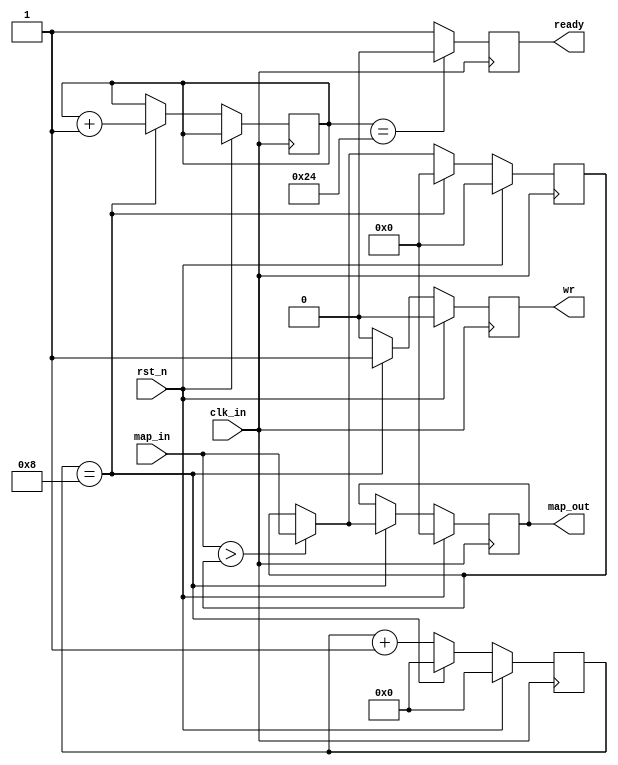
`timescale 1ns / 1ps
//////////////////////////////////////////////////////////////////////////////////
// Company: 
// Engineer: 
// 
// Design Name: 
// Module Name:    m_max_relu_4 
// Project Name: 
// Target Devices: 
// Tool versions: 
// Description: 
//
// Dependencies: 
//
// Revision: 
// Revision 0.01 - File Created
// Additional Comments: 
//
//////////////////////////////////////////////////////////////////////////////////
module m_max_relu_4(
	clk_in,
	rst_n,
	map_in,
	map_out,
	wr,
	ready
    );

parameter max_stride = 4'd8;	//-1
parameter num_out = 6'd36;	//map

input clk_in;
input rst_n;
input signed [15:0] map_in;
output reg signed [15:0] map_out = 0;
output reg wr = 0;	//ram
output reg ready = 1;	//

reg signed [15:0] tmp_max = 0;
reg [3:0] cnt_stride = 0;

reg [5:0] out_cnt = 0;

always @ (posedge clk_in)
begin
	if (rst_n)
	begin
		tmp_max <= 0;	//relu
		cnt_stride <= 0;
		map_out <= 0;
		wr <= 0;
		out_cnt <= out_cnt;
	end
	else
	begin
		if (cnt_stride == max_stride)
		begin
			tmp_max <= 0;
			cnt_stride <= 0;
			if (map_in > tmp_max)
				map_out <= map_in;
			else
				map_out <= tmp_max;
			wr <= 1;
			out_cnt <= out_cnt + 1;
		end
		else
		begin
			if (map_in > tmp_max)
				tmp_max <= map_in;
			else
				tmp_max <= tmp_max;
			cnt_stride <= cnt_stride + 1;
			map_out <= map_out;
			wr <= 0;
			out_cnt <= out_cnt;
		end
	end
end

always @ (posedge clk_in)
begin
	if (out_cnt == num_out)
		ready <= 0;
	else
		ready <= 1;
end		

endmodule